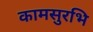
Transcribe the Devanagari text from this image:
कामसुरभि